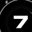
Digit: 7